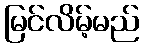
မြင်လိမ့်မည်